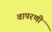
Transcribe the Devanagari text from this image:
वापरणी